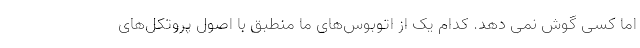
اما کسی گوش نمی دهد. کدام یک از اتوبوس‌های ما منطبق با اصول پروتکل‌های